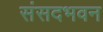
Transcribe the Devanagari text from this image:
संसदभवन